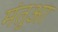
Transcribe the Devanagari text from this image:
मंतुआ